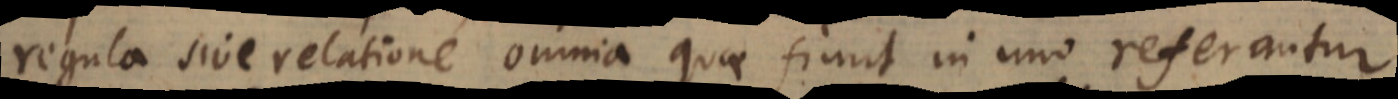
regula sive relatione omnia quae fiunt in uno referantur